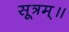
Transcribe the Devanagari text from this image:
सूत्रम्॥